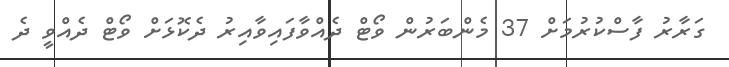
ގަރާރު ފާސްކުރުމަށް 37 މެންބަރުން ވޯޓް ދެއްވާފައިވާއިރު ދެކޮޅަށް ވޯޓް ދެއްވީ ދެ